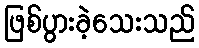
ဖြစ်ပွားခဲ့သေးသည်